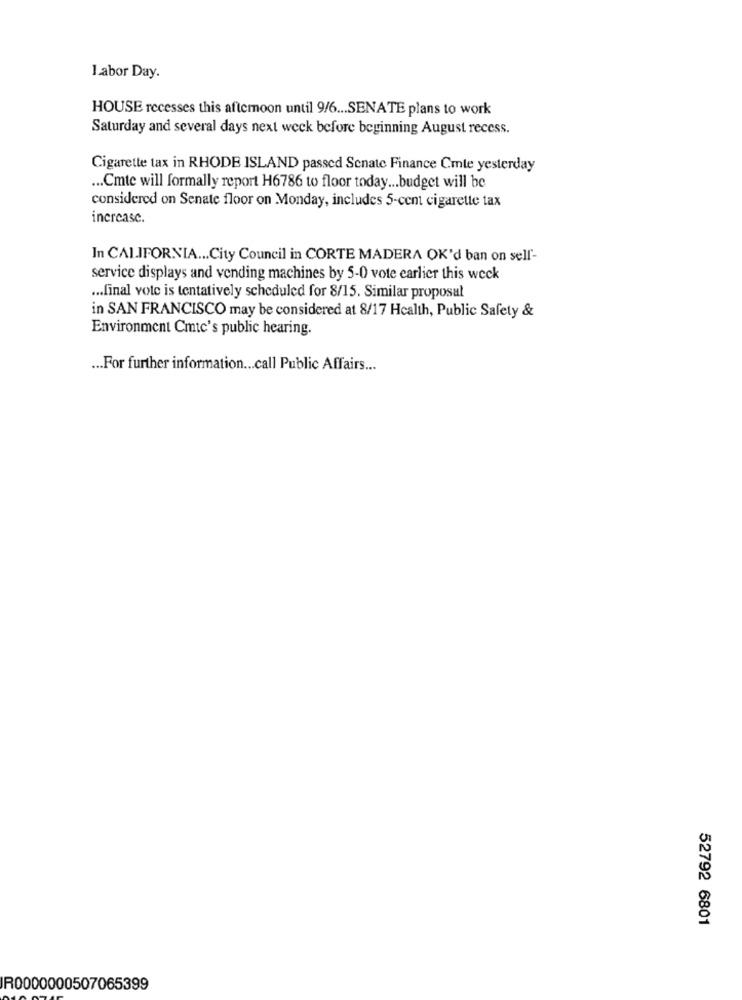
Labor Day.
HOUSE recesses this afternoon until 9/6 ... SENATE plans to work
Saturday and several days next week before beginning August recess.
Cigarette tax in RHODE ISLAND passed Senate Finance Cmle yesterday
... Cmte will formally report H6786 to floor today ... budget will be
considered on Senate floor on Monday, includes 5-cent cigarette tax
increase.
In CALIFORNIA ... City Council in CORTE MADERA OK'd ban on sell'-
service displays and vending machines by 5-0 vote earlier this weck
... final vote is tentatively scheduled for 8/15. Similar proposal
in SAN FRANCISCO may be considered at 8/17 Health, Public Safety &
Environment Cmtc's public hearing.
... For further information ... call Public Affairs ...
52792 6801
R0000000507065399